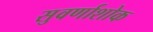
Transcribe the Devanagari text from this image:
सुवर्णाशोक